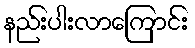
နည်းပါးလာကြောင်း